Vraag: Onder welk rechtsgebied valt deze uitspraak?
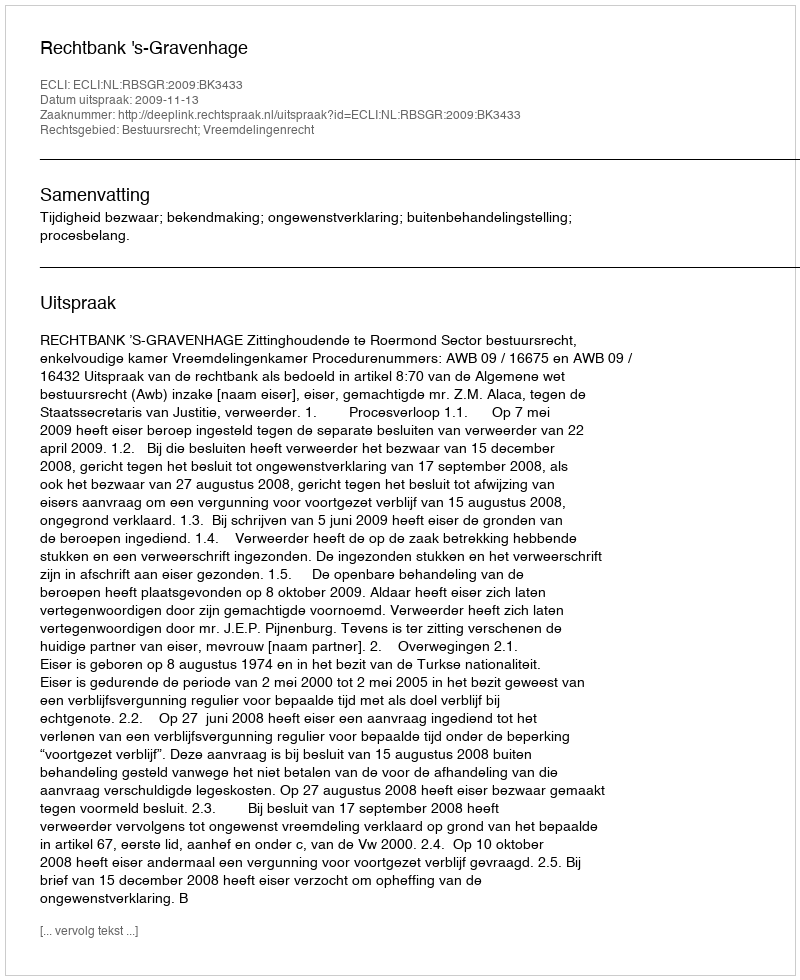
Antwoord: Bestuursrecht; Vreemdelingenrecht